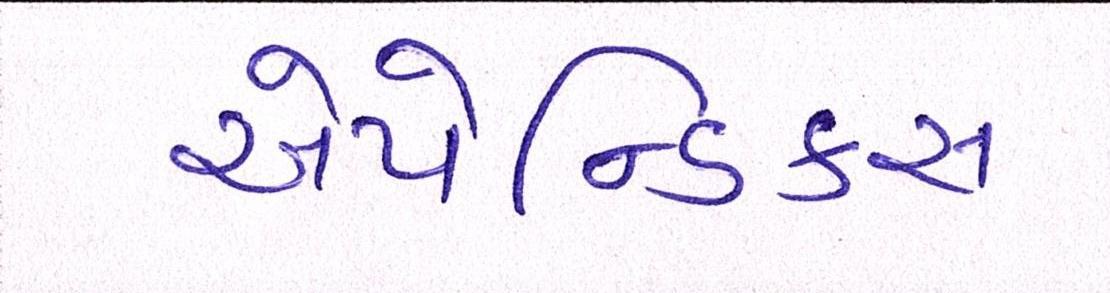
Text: એપેન્ડિક્સ